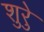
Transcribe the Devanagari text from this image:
शुरेु